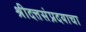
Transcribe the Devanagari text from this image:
श्रीदत्तसंप्रदयाचा